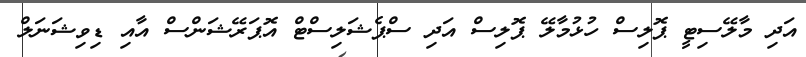
އަދި މާލޭސިޓީ ޕޮލިސް ހުޅުމާލޭ ޕޮލިސް އަދި ސްޕެޝަލިސްޓް އޮޕަރޭޝަންސް އާއި ޑިވިޝަނަލް